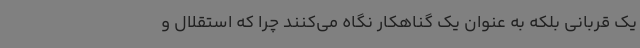
یک قربانی بلکه به عنوان یک گناهکار نگاه می‌کنند چرا که استقلال و